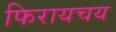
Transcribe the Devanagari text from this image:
फिरायचय